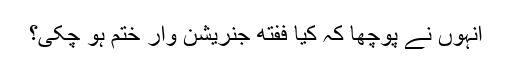
انہوں نے پوچھا کہ کیا ففتھ جنریشن وار ختم ہو چکی؟